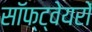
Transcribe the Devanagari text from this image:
सॉफ्ट्वेयरों